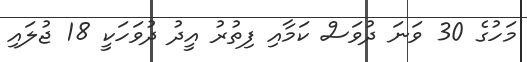
މަހުގެ 30 ވަނަ ދުވަސް ކަމާއި ފިތުރު އީދު ދުވަހަކީ 18 ޖުލައި